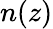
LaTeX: n(z)